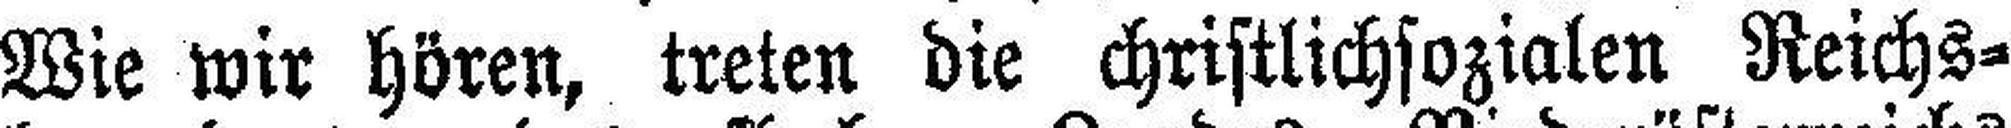
Wie wir hören, treten die christlichsozialen Reichs¬